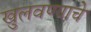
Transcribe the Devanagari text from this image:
खुलवण्याचे